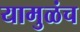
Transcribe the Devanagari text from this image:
यामुळंच